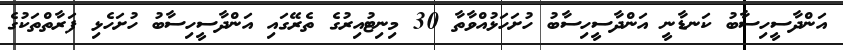
އަންދާސީހިސާބު ކަނޑާނީ އަންދާސީހިސާބު ހުށަހަޅުއްވާތާ 30 މިނިޓުއިރުގެ ތެރޭގައި އަންދާސީހިސާބު ހުށަހެޅި ފަރާތްތަކުގެ